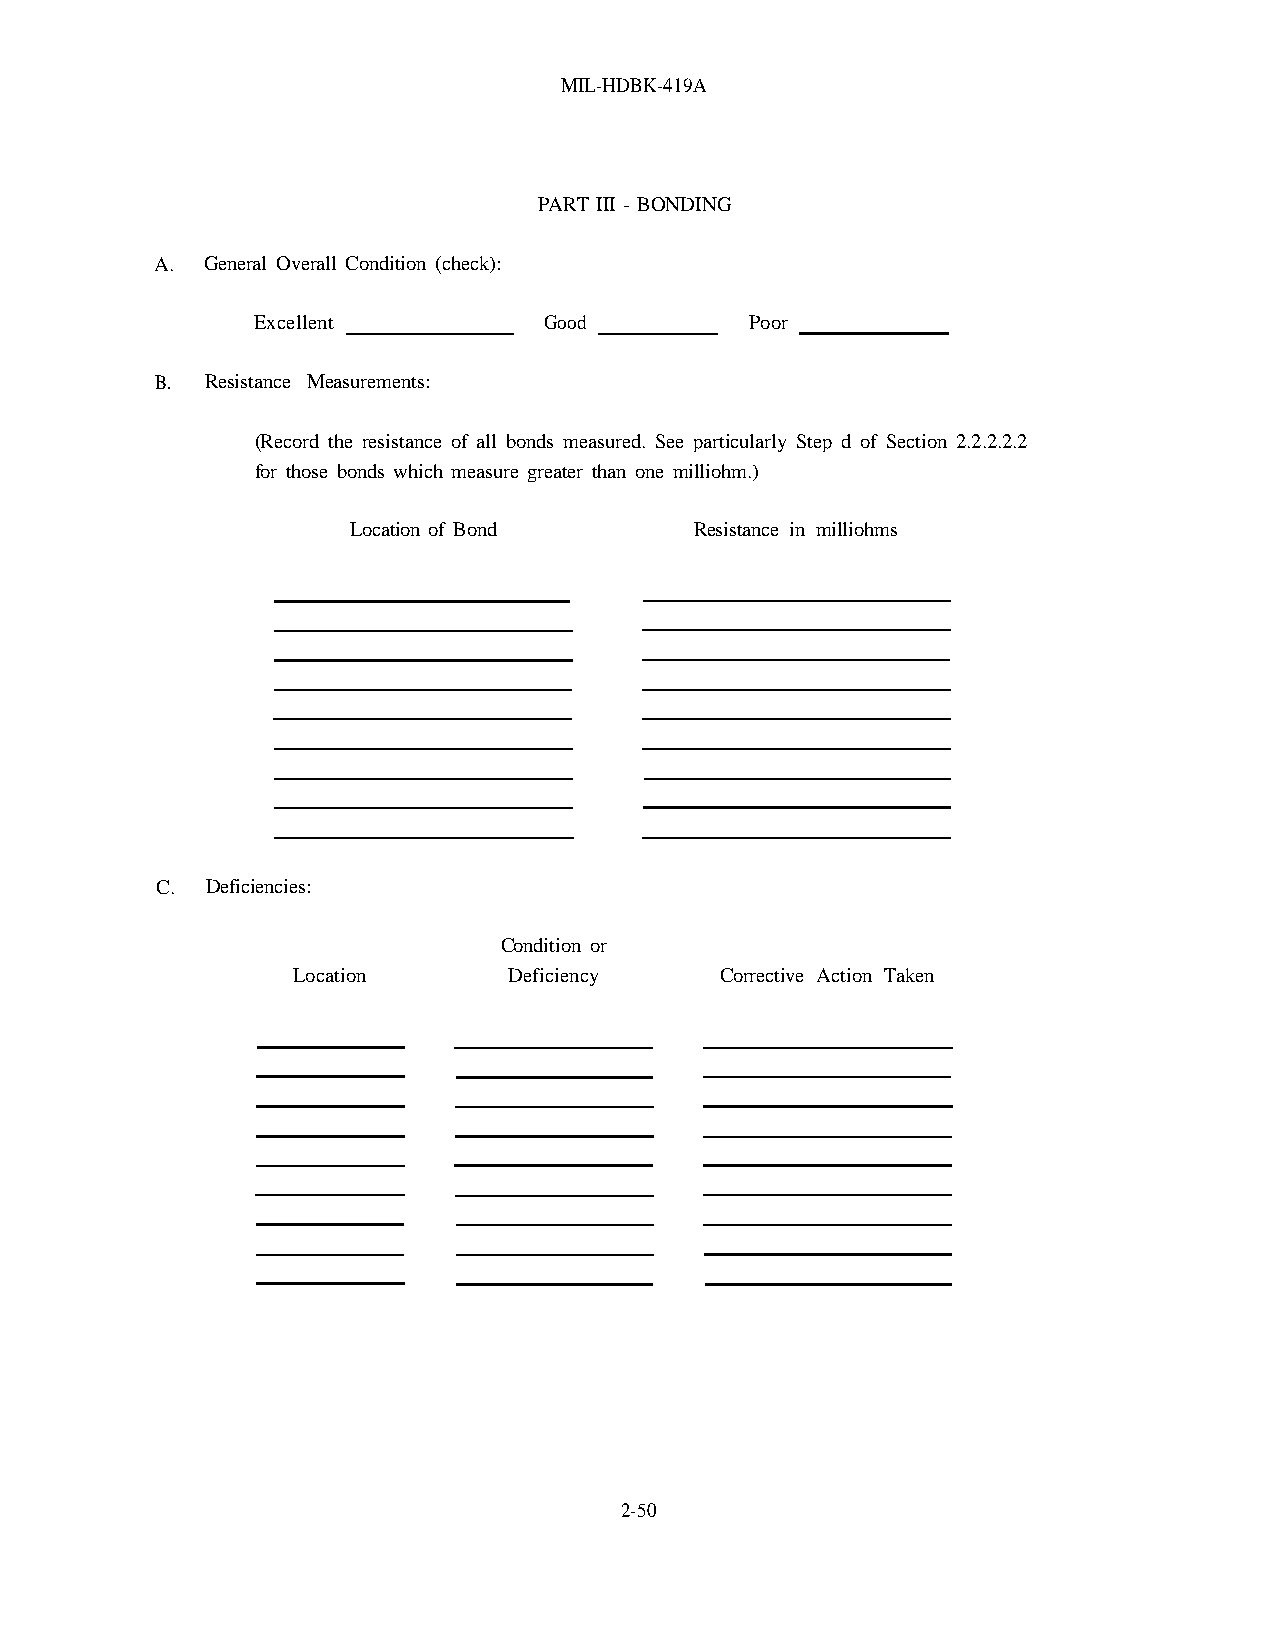
MIL-HDBK-419A
 PART III - BONDING
 A.  General Overall Condition (check):
 Excellent          Good          Poor
 B.  Resistance Measurements:
 (Record the resistance of all bonds measured. See particularly Step d of Section 2.2.2.2.2
 for those bonds which measure greater than one milliohm.)
 Location of Bond       Resistance in milliohms
 C.  Deficiencies:
 Condition or
 Location       Deficiency    Corrective Action Taken
 2-50